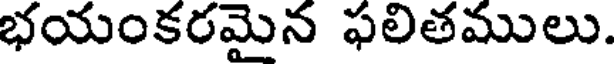
భయంకరమైన ఫలితములు.